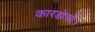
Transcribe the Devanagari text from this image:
कारडोज़ों।